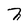
Character: n